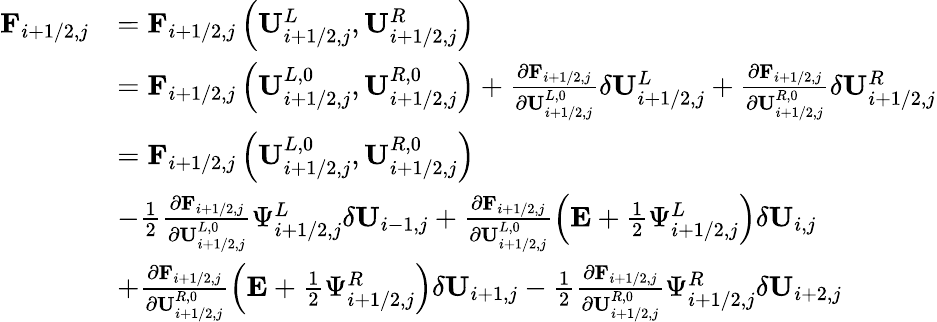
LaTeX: \begin{array}{rl}{\mathbf{F}_{i+1/2,j}}&{=\mathbf{F}_{i+1/2,j}\left(\mathbf{U}_{i+1/2,j}^{L},\mathbf{U}_{i+1/2,j}^{R}\right)}\\ &{=\mathbf{F}_{i+1/2,j}\left(\mathbf{U}_{i+1/2,j}^{L,0},\mathbf{U}_{i+1/2,j}^{R,0}\right)+\frac{\partial\mathbf{F}_{i+1/2,j}}{\partial\mathbf{U}_{i+1/2,j}^{L,0}}\delta\mathbf{U}_{i+1/2,j}^{L}+\frac{\partial\mathbf{F}_{i+1/2,j}}{\partial\mathbf{U}_{i+1/2,j}^{R,0}}\delta\mathbf{U}_{i+1/2,j}^{R}}\\ &{=\mathbf{F}_{i+1/2,j}\left(\mathbf{U}_{i+1/2,j}^{L,0},\mathbf{U}_{i+1/2,j}^{R,0}\right)}\\ &{-\frac{1}{2}\frac{\partial\mathbf{F}_{i+1/2,j}}{\partial\mathbf{U}_{i+1/2,j}^{L,0}}\Psi_{i+1/2,j}^{L}\delta\mathbf{U}_{i-1,j}+\frac{\partial\mathbf{F}_{i+1/2,j}}{\partial\mathbf{U}_{i+1/2,j}^{L,0}}\left(\mathbf{E}+\frac{1}{2}\Psi_{i+1/2,j}^{L}\right)\delta\mathbf{U}_{i,j}}\\ &{+\frac{\partial\mathbf{F}_{i+1/2,j}}{\partial\mathbf{U}_{i+1/2,j}^{R,0}}\left(\mathbf{E}+\frac{1}{2}\Psi_{i+1/2,j}^{R}\right)\delta\mathbf{U}_{i+1,j}-\frac{1}{2}\frac{\partial\mathbf{F}_{i+1/2,j}}{\partial\mathbf{U}_{i+1/2,j}^{R,0}}\Psi_{i+1/2,j}^{R}\delta\mathbf{U}_{i+2,j}}\end{array}